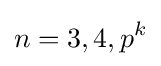
n=3,4,p^{k}